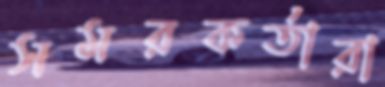
সমরকর্তারা